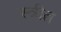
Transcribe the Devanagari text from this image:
स्त्रीत्न